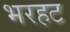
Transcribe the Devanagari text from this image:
भरहट